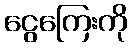
ငွေကြေးကို